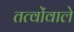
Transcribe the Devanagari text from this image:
तत्वोंवाले